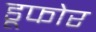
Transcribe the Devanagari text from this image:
डूफोर